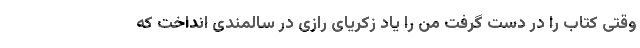
وقتی کتاب را در دست گرفت من را یاد زکریای رازی در سالمندی انداخت که